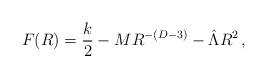
LaTeX: \begin{align*}F(R)= {k \over 2} - MR^{-(D-3)} - \hat\Lambda R^2 \, ,\end{align*}